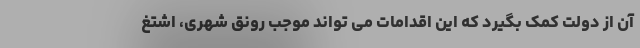
آن از دولت کمک بگیرد که این اقدامات می تواند موجب رونق شهری، اشتغ